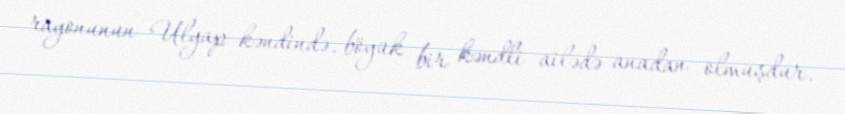
rayonunun Ulyap kəndində, böyük bir kəndli ailədə anadan olmuşdur.